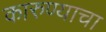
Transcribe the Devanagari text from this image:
कारुण्याचा